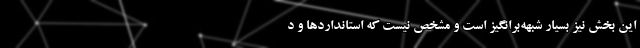
این بخش نیز بسیار شبهه‌برانگیز است و مشخص نیست که استانداردها و د